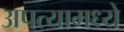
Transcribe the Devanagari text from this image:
अपत्यामध्ये